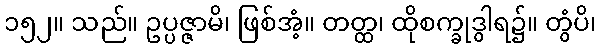
၁၅၂။ သည်။ ဥပ္ပဇ္ဇာမိ၊ ဖြစ်အံ့။ တတ္ထ၊ ထိုစက္ခုဒွါရ၌။ တွံပိ၊